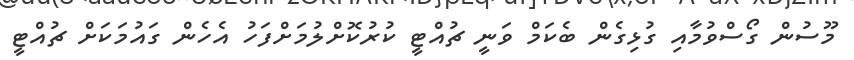
މޫސުން ގޯސްވުމާއި ގުޅިގެން ބެކަމް ވަނީ ޗުއްޓީ ކުރުކޮށްލުމަށްފަހު އެހެން ގައުމަކަށް ޗުއްޓީ